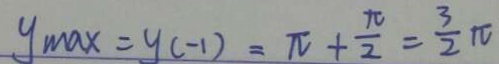
y _ { \min } = y ( - 1 ) = \pi + \frac { \pi } { 2 } = \frac { 3 } { 2 } \pi